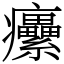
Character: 癳